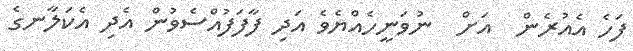
ފަހެ އެއުރެން  އަށް  ނުވަނީހެއްޔެވެ އަދި ފާފަފުއްސެވުން އެދި އެކަލާނގެ